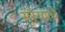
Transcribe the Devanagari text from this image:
सुरैय्याचे